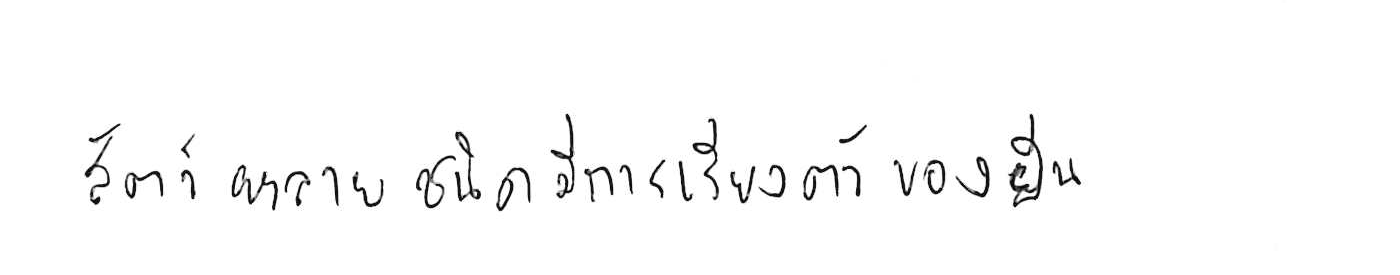
สัตว์หลายชนิดมีการเรียงตัวของยีน